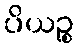
ပိယဉ္စ